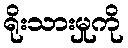
ရိုးသားမှုကို